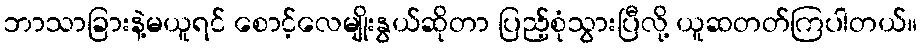
ဘာသာခြားနဲ့မယူရင် စောင့်လေမျိုးနွယ်ဆိုတာ ပြည့်စုံသွားပြီလို့ ယူဆတတ်ကြပါတယ်။